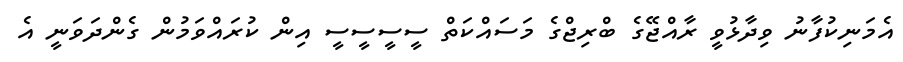
އެމަނިކުފާނު ވިދާޅުވީ ރާއްޖޭގެ ބްރިޖްގެ މަސައްކަތް ސީސީސީސީ އިން ކުރައްވަމުން ގެންދަވަނީ އެ